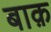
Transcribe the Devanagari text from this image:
बाक़